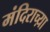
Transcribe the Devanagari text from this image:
मंदिराच्य़ा